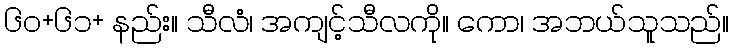
၆၀+၆၁+ နည်း။ သီလံ၊ အကျင့်သီလကို။ ကော၊ အဘယ်သူသည်။